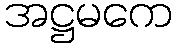
အဋ္ဌမကေ